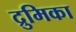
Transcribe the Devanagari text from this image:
द्रुमिका